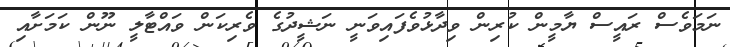
ނަމަވެސް ރައީސް ޔާމީން ކުރިން ވިދާޅުވެފައިވަނީ ނަޝީދުގެ ވެރިކަން ވައްޓާލީ ނޫން ކަމަށާއި